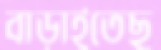
বাড়াইতেছ